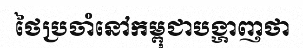
ថៃប្រចាំនៅកម្ពុជាបង្ហាញថា